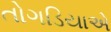
તોગડિયાએ